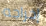
إخراجه